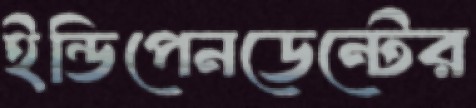
ইন্ডিপেনডেন্টের